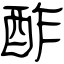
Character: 酢